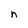
Character: n